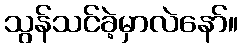
သွန်သင်ခဲ့မှာလဲနော်။